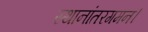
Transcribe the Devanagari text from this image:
स्थानांतरगमन।